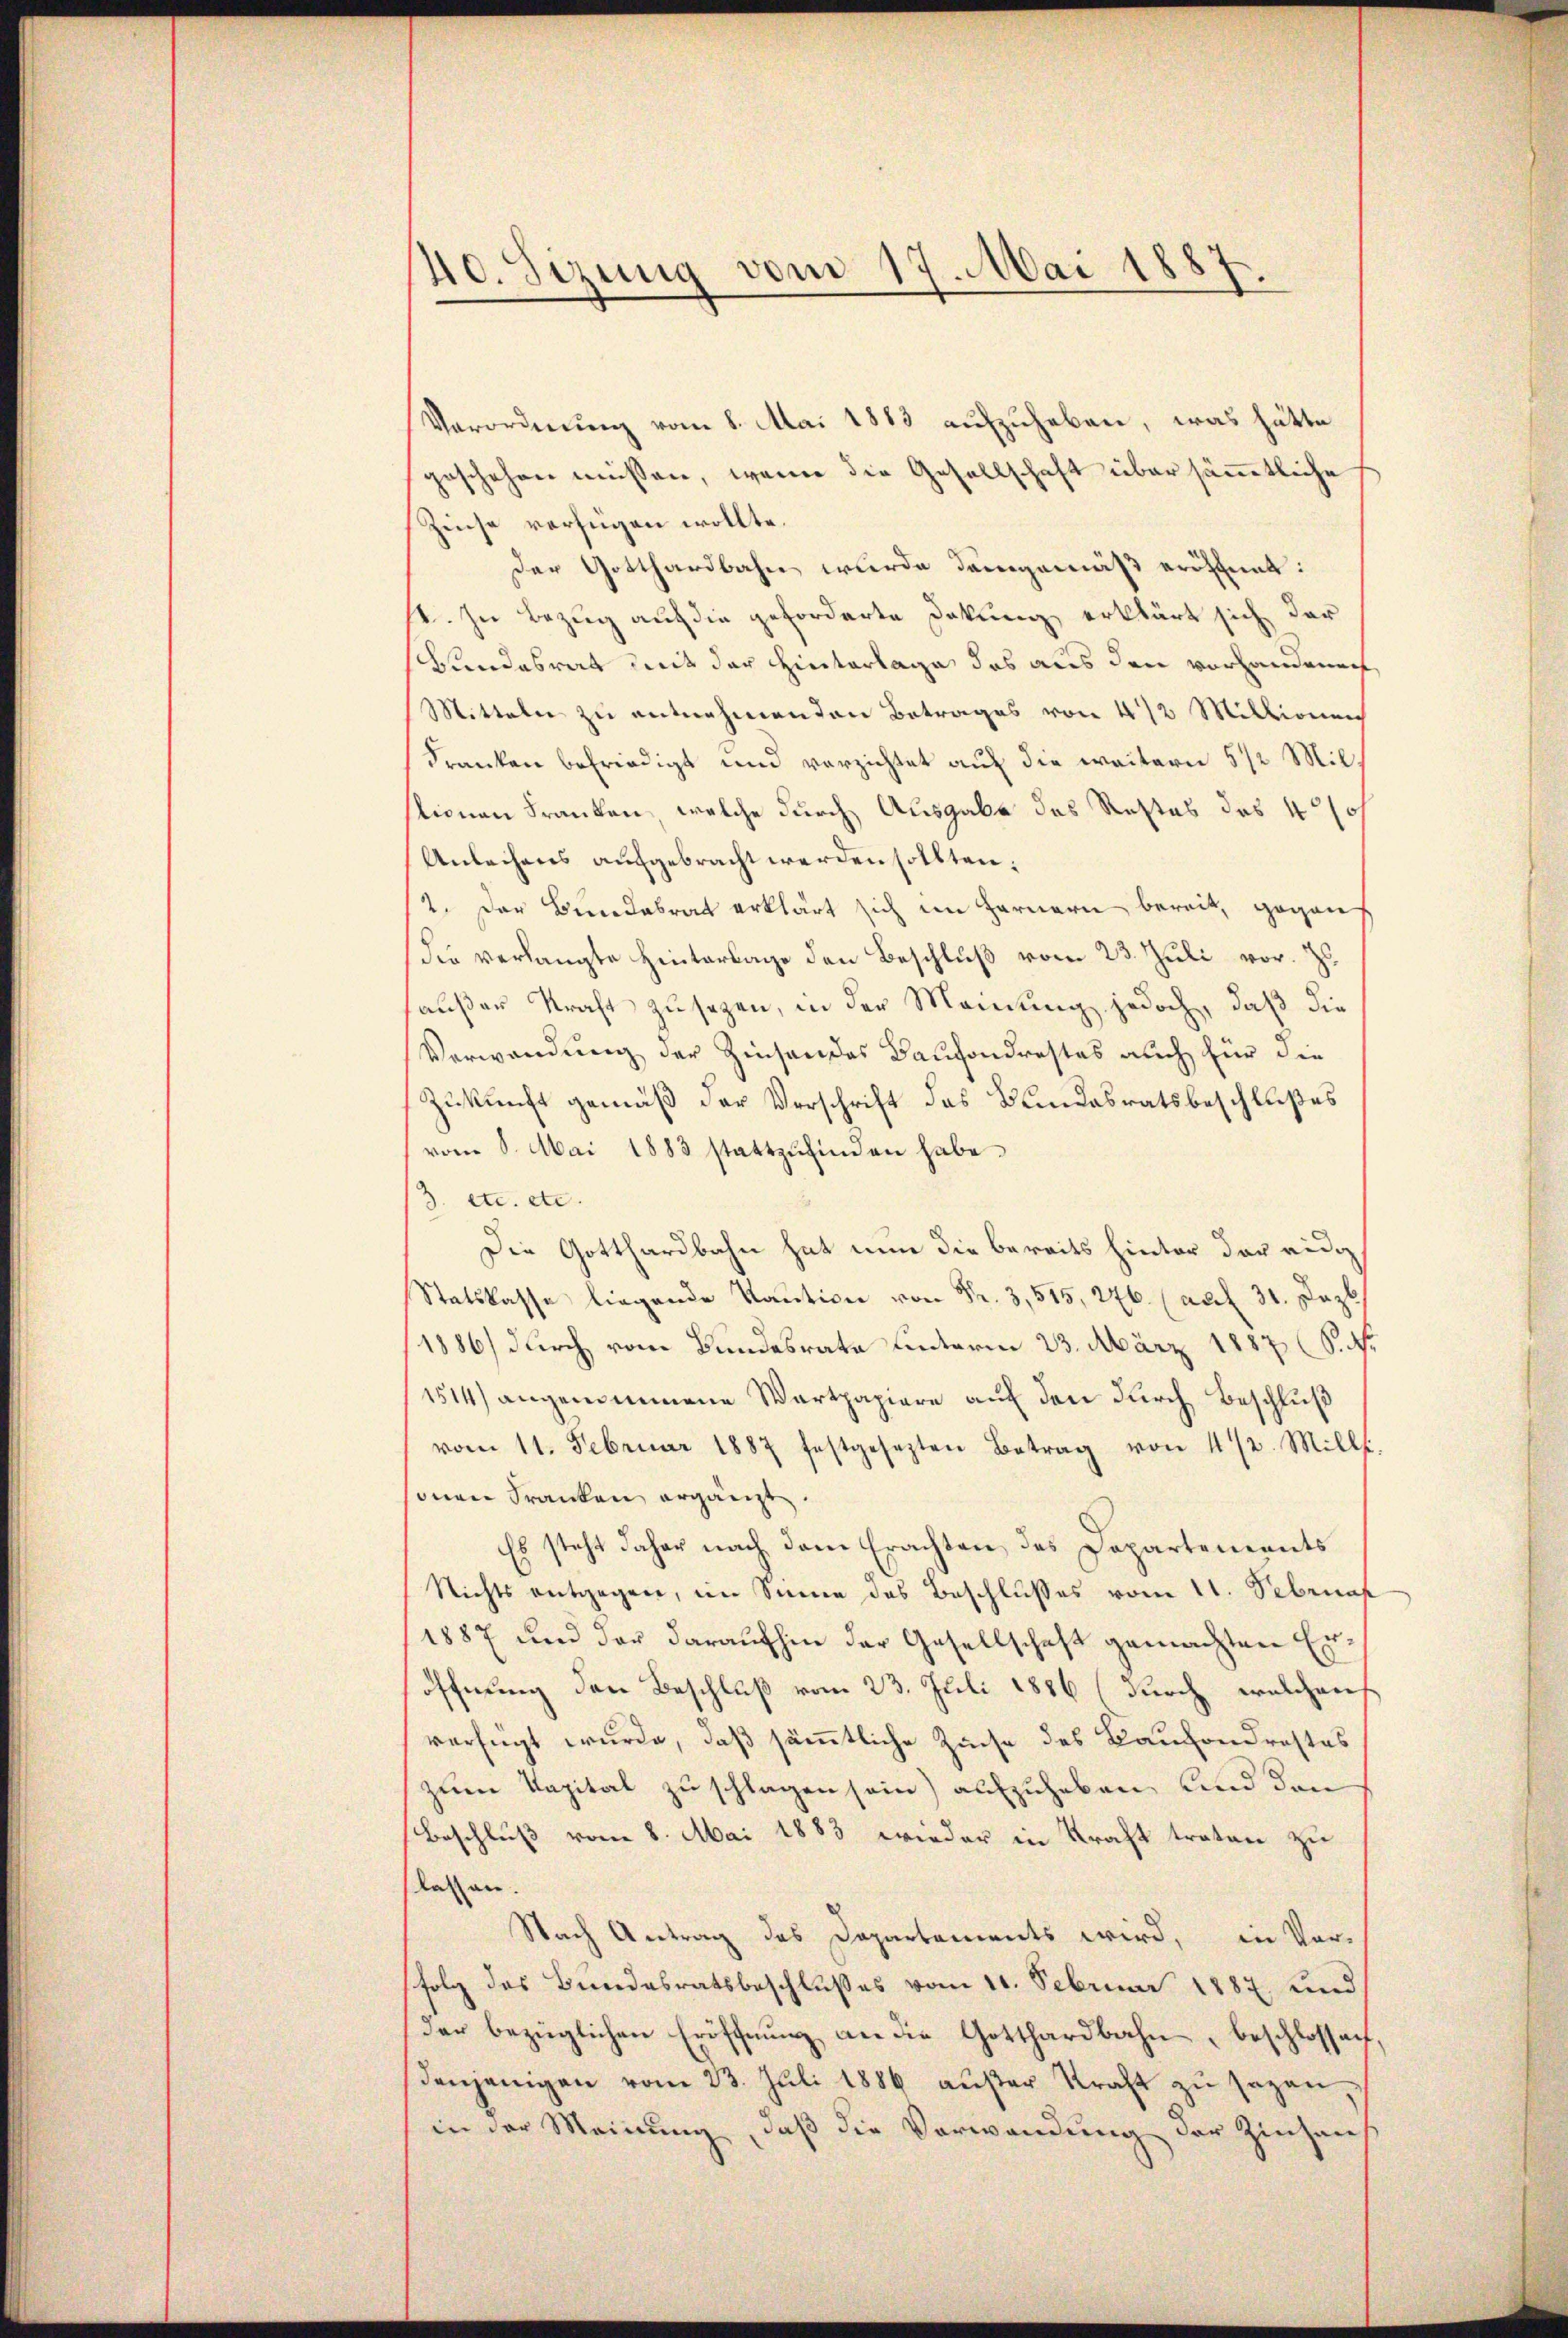
40. Sizung vom 1
Mai 1887.

Verordnung vom 8. Mai 1883 aufzuheben, was hätte
geschehen müssen, wenn die Gesellschaft über sämmtliche
Zinse verfügen wollte.
Der Gotthardbahn wurde demgemäß eröffnet:
V. In Bezug auf die geforderte Dokung erklärt sich der
Bundesrat mit der Hinterlage das aus den vorhandenen
Mitteln zu entnehmenden Betrages von 472 Millionen
Franken befriedigt und verzichtet auf die weitern 5 1/2 Millionen Franken, welche durch Ausgabe des Restes des 40/0/
Anleihens aufgebracht werden sollten;
2. Der Bundesrat erklärt sich im Fernern bereit, geganf
die verlangte Hinterlage den Beschluß vom 23. Juli vor. Z.
außer Kraft zusagen, in der Meinung jedoch, daß die
Verwendung der Zinsendes Baufondrestes auch für die
Zukunft gemäß der Verschrift des Bundesratsbeschlußes
vom 8. Mai 1883 stattzŭfinden habe.
3. etc. etc.
Die Gotthardbahn hat nun die bereits hinter der eidg
Statskasse
1886) durch vom Bundesrate unterm 23. März 1887 (S. 4.
1514) angenommene Wartpapiere aŭf den durch Beschluß
vom 11. Februar 1887 festgesezten Betrag von 472. Mill.
inen Franken ergänzt.
Es steht daher nach dem Erachten des Departements
Nichts entgegen, im Sinne des Beschlusses vom 11. Sebrnas
1887 und der daraufhin der Gesellschaft gemachten Eröffnung den Beschluß vom 23. Juli 1886 (durch welchens
verfügt wurde, daß sämmtliche Zinse des Bauhondrastes
zum Kapital zu schlagen sein) aufzuheben, und den
Beschluß vom 8. Mai 1883 wieder in Kraft treten zu
las an.
Nach Antrag des Departements wird, in Vor-
folg des Bundesratsbeschlußes vom 11. Februar 1887 und
der bezüglichen Eröffnŭng an die Gotthardbahn, beschlossen,
denjenigen vom 23. Juli 1886 aŭβer Kraft zŭ sagen,
in der Meinung, daß die Verwendung der Zinsens